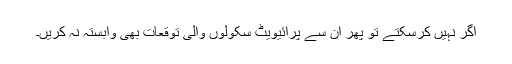
اگر نہیں کرسکتے تو پھر ان سے پرائیویٹ سکولوں والی توقعات بھی وابستہ نہ کریں۔